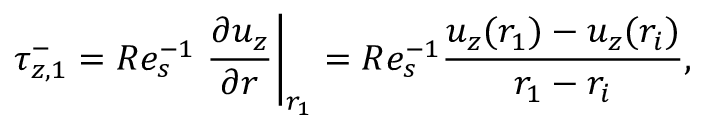
\tau _ { z , 1 } ^ { - } = R e _ { s } ^ { - 1 } \left. \displaystyle \frac { \partial u _ { z } } { \partial r } \right| _ { r _ { 1 } } = R e _ { s } ^ { - 1 } \displaystyle \frac { u _ { z } ( r _ { 1 } ) - u _ { z } ( r _ { i } ) } { r _ { 1 } - r _ { i } } ,